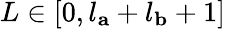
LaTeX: L\in[0,l_{\mathbf{a}}+l_{\mathbf{b}}+1]